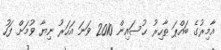
އާމިރުގެ ބައްޕަ ޠާހިރު ޙުސައިން 2010 ވަނަ އަހަރު ނިޔާ ވުމަށް ފަހު